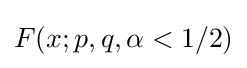
F(x;p,q,\alpha <1/2)